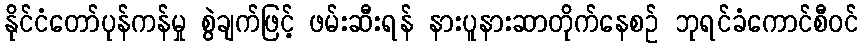
နိုင်ငံတော်ပုန်ကန်မှု စွဲချက်ဖြင့် ဖမ်းဆီးရန် နားပူနားဆာတိုက်နေစဉ် ဘုရင်ခံကောင်စီဝင်